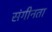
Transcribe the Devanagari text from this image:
संगीनता